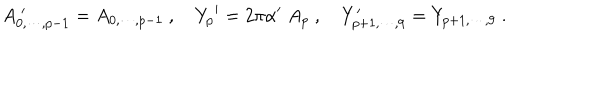
A _ { 0 , \cdots , p - 1 } ^ { \; \prime } = { A _ { 0 , \cdots , p - 1 } } \ , { Y _ { p } } ^ { \prime } = 2 \pi \alpha ^ { \prime } \; A _ { p } \ , Y _ { p + 1 , \cdots , 9 } ^ { \prime } = Y _ { p + 1 , \cdots , 9 } \ .